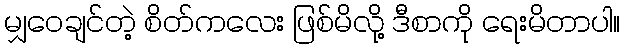
မျှဝေချင်တဲ့ စိတ်ကလေး ဖြစ်မိလို့ ဒီစာကို ရေးမိတာပါ။